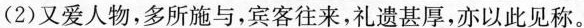
(2)又爱人物，多所施与，宾客往来，礼遗甚厚，亦以此见称。